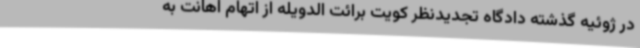
در ژوئیه گذشته دادگاه تجدیدنظر کویت برائت الدویله از اتهام اهانت به